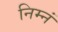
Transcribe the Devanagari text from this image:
निम्नं